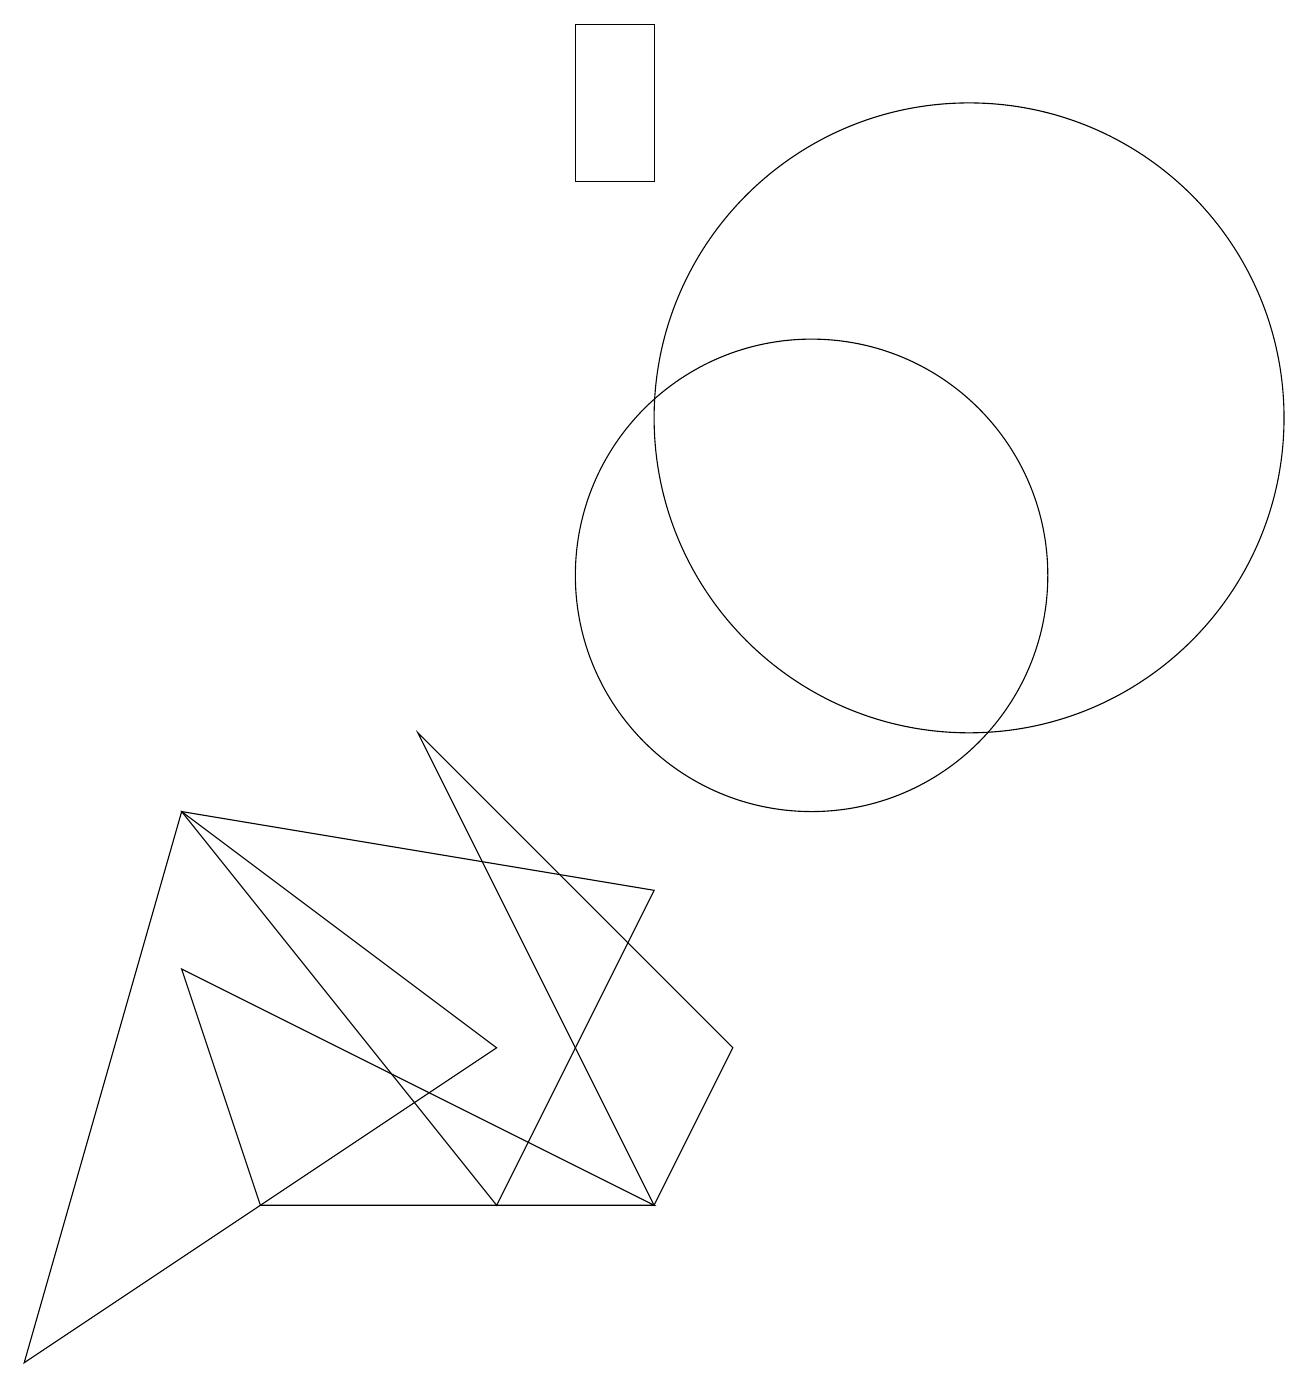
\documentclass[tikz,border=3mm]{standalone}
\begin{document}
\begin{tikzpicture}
\draw (12,12) circle (4);
\draw (2,7) -- (6,2) -- (8,6) -- cycle;
\draw (6,4) -- (0,0) -- (2,7) -- cycle;
\draw (2,5) -- (3,2) -- (8,2) -- cycle;
\draw (8,2) -- (5,8) -- (9,4) -- cycle;
\draw (10,10) circle (3);
\draw (7,15) rectangle (8,17);
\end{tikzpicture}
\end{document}